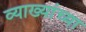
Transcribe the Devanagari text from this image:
व्याख्यांच्या